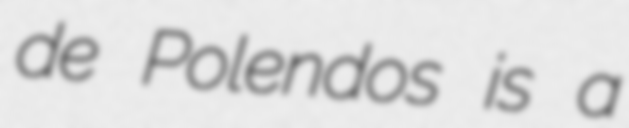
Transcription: de Polendos is a